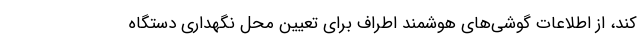
کند، از اطلاعات گوشی‌های هوشمند اطراف برای تعیین محل نگهداری دستگاه